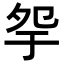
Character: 𡖏